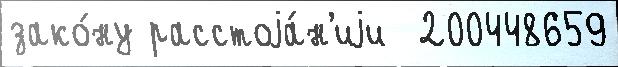
зако́ну расстоjа́н'иjи  200448659